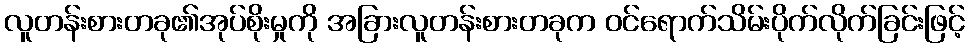
လူတန်းစားတခု၏အုပ်စိုးမှုကို အခြားလူတန်းစားတခုက ဝင်ရောက်သိမ်းပိုက်လိုက်ခြင်းဖြင့်